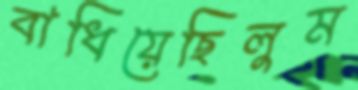
বাধিয়েছিলুম